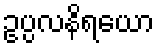
ဥပ္ပလနိရယော